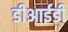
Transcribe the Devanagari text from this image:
डीआईडी